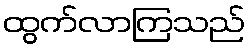
ထွက်လာကြသည်